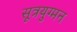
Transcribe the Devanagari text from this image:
सूत्रयुग्मन